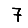
Digit: 7